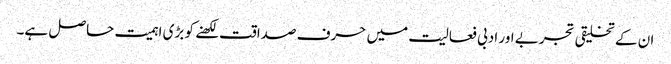
ان کے تخلیقی تجربے اور ادبی فعالیت میں حرف صداقت لکھنے کو بڑی اہمیت حاصل ہے۔